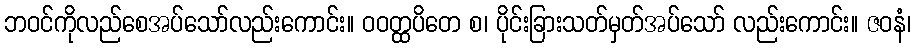
ဘဝင်ကိုလည်စေအပ်သော်လည်းကောင်း။ ဝဝတ္ထပိတေ စ၊ ပိုင်းခြားသတ်မှတ်အပ်သော် လည်းကောင်း။ ဇဝနံ၊